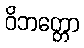
ဝိဘတ္တော